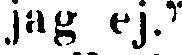
jag ej."